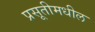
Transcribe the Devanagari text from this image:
प्रसूतीमधील